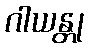
ဂါယန္တု